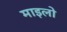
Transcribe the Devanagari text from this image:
माइलो